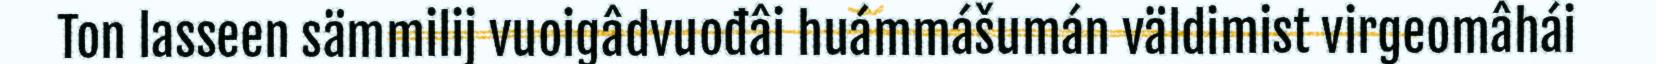
Ton lasseen sämmilij vuoigâdvuođâi huámmášumán väldimist virgeomâhái